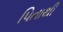
પિતાથી